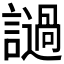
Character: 𲁺